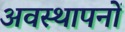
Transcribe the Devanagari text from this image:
अवस्थापनों